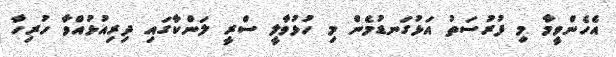
އެހެންވީމާ މި ފުރުސަތު އަޅުގަނޑުމެން މި ހުޅުވާލީ ސްރީ ލަންކާގައި ދިރިއުޅުއްވާ ހުރިހާ